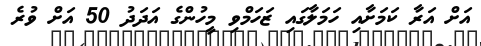
އަށް އަރާ ކަމަށާއި ހަމަލާގައި ޒަހަމްވި މީހުންގެ އަދަދު 50 އަށް ވުރެ